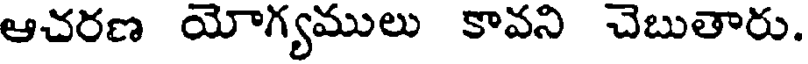
ఆచరణ యోగ్యములు కావని చెబుతారు.